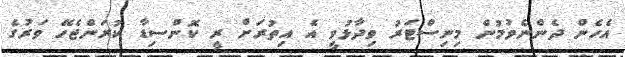
އެހެން ދެންނެވުމުން މިނިސްޓަރު ވިދާޅުވީ އެ އިތުރަށް ރީ ކޮންސިޑާ ކުރަންޖެހޭ ވަރުގެ